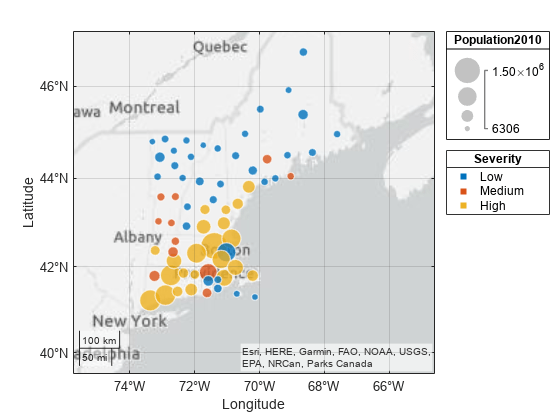
matlab, geobubble